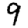
Digit: 9